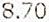
8.70